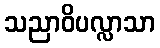
သညာဝိပလ္လာသာ